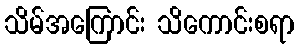
သိမ်အကြောင်း သိကောင်းစရာ